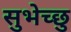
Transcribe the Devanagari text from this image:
सुभेच्छु